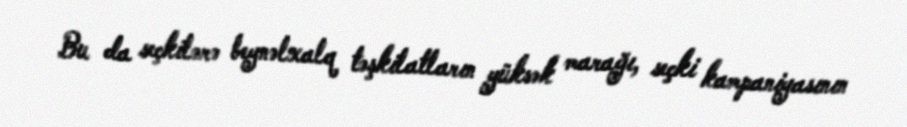
Bu da seçkilərə beynəlxalq təşkilatların yüksək marağı, seçki kampaniyasının